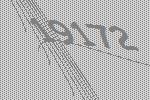
19172